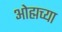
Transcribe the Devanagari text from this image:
ओह्मच्या